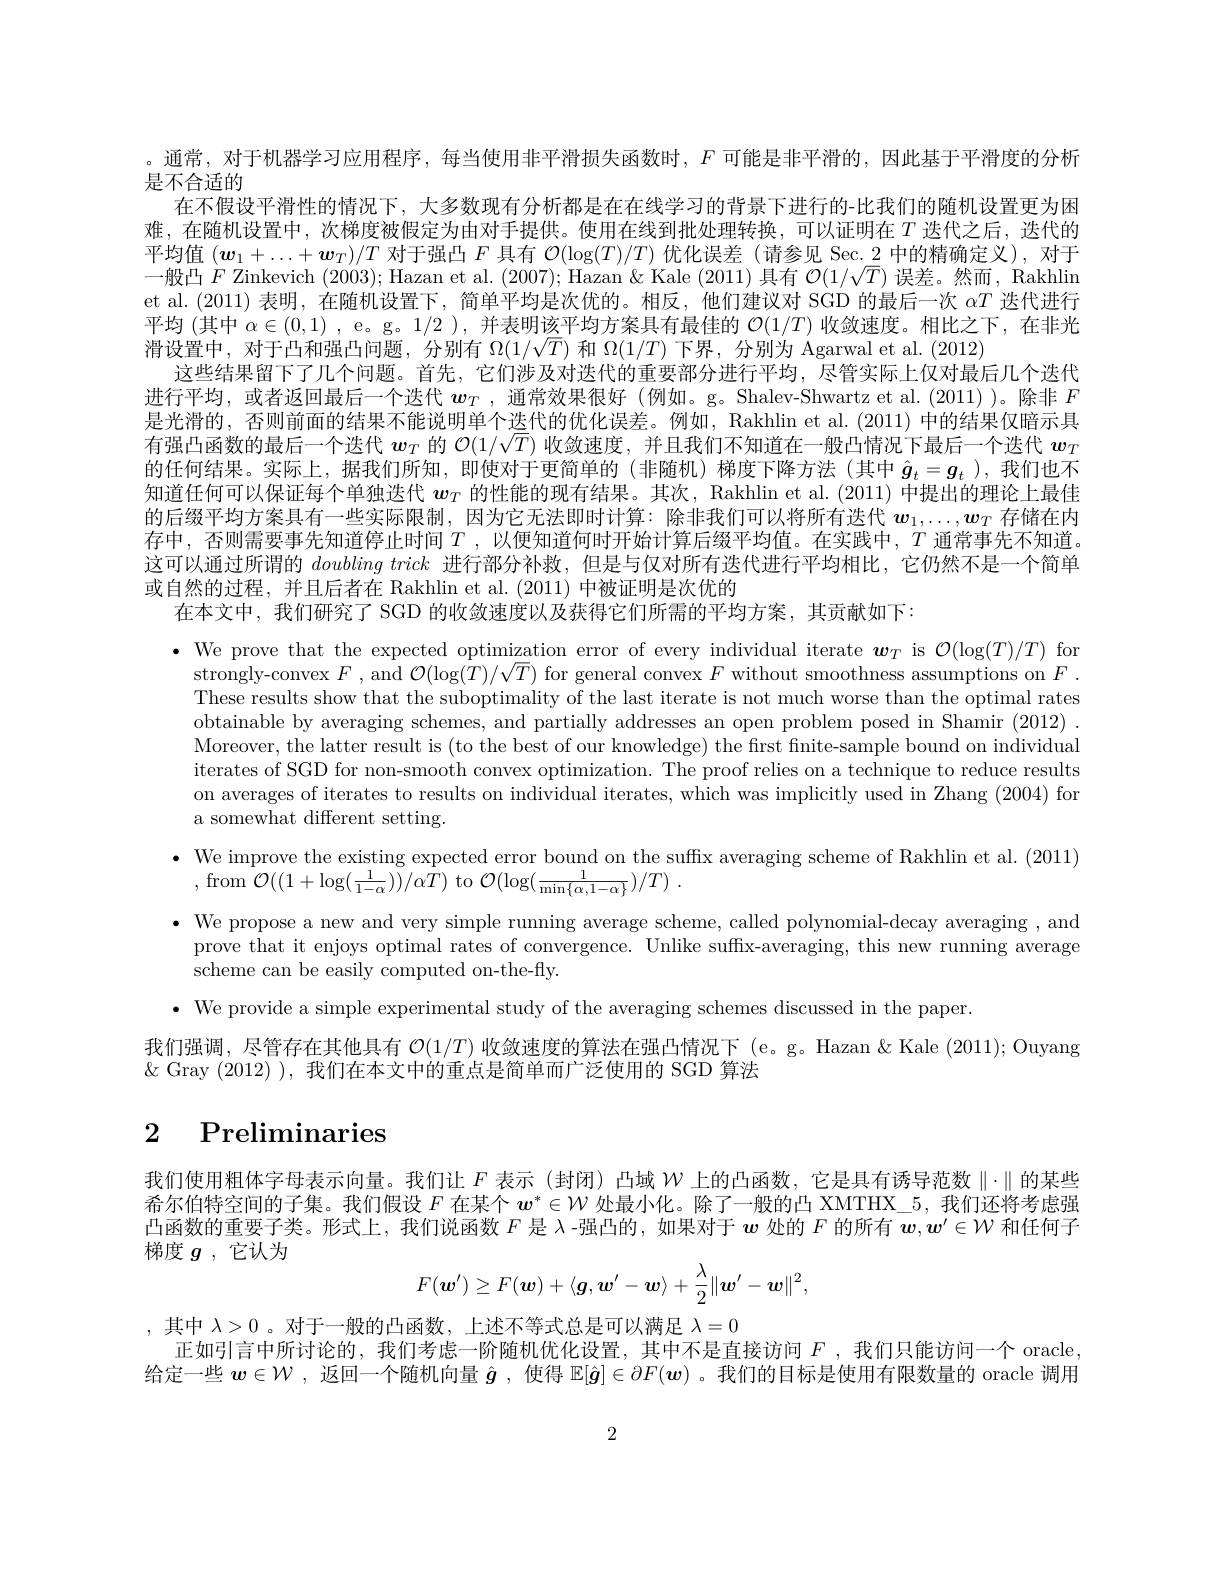
。通常，对于机器学习应用程序，每当使用非平滑损失函数时，$F$可能是非平滑的，因此基于平滑度的分析
是不合适的
在不假设平滑性的情况下，大多数现有分析都是在在线学习的背景下进行的-比我们的随机设置更为困难，在随机设置中，次梯度被假定为由对手提供。使用在线到批处理转换，可以证明在$T$ 迭代之后，迭代的平均值$(\boldsymbol w_1+\ldots+\boldsymbol w_T)/T$对于强凸$F$具有$\mathcal{O}(\log(T)/T)$优化误差 (请参见 Sec.2 中的精确定义),对于一般凸$F$ Zinkevich (2003); Hazan et al. (2007); Hazan &Kale (2011) 具有$\mathcal{O}(1/\sqrt{T})$误差。然而，Rakhlin et al.(2011)表明，在随机设置下，简单平均是次优的。相反，他们建议对 SGD 的最后一次$\alpha T$迭代进行平均 (其中$\alpha\in(0,1)$ , e。g。1/2 ),并表明该平均方案具有最佳的$\mathcal{O}(1/T)$收敛速度。相比之下，在非光滑设置中，对于凸和强凸问题，分别有$\Omega(1/\sqrt{T})$和$\Omega(1/T)$下界，分别为 Agarwal et al. (2012)
这些结果留下了几个问题。首先，它们涉及对迭代的重要部分进行平均，尽管实际上仅对最后几个迭代进行平均，或者返回最后一个迭代$\boldsymbol w_T$ ,通常效果很好(例如。g。Shalev-Shwartz et al.(2011))。除非$F$ 是光滑的，否则前面的结果不能说明单个迭代的优化误差。例如，Rakhlin et al.(2011) 中的结果仅暗示具有强凸函数的最后一个迭代$w_T$的$\mathcal{O}(1/\sqrt{T})$收敛速度，并且我们不知道在一般凸情况下最后一个迭代$w_T$ 的任何结果。实际上，据我们所知，即使对于更简单的(非随机)梯度下降方法(其中$\hat{g}_t=g_t$ ),我们也不知道任何可以保证每个单独迭代$w_T$的性能的现有结果。其次，Rakhlin et al.(2011) 中提出的理论上最佳的后缀平均方案具有一些实际限制，因为它无法即时计算：除非我们可以将所有迭代$\boldsymbol{w}_1,\ldots,\boldsymbol{w}_T$存储在内存中，否则需要事先知道停止时间$T$ ,以便知道何时开始计算后缀平均值。在实践中，$T$ 通常事先不知道。这可以通过所谓的$doubling\textit{ trick 进 行 部 分 补 救 , 但 是 与 仅 对 所 有 迭 代 进 行 平 均 相 比 , 它 仍 然 不 是 一 个 简 单 }$ 或自然的过程，并且后者在 Rakhlin et al. (2011) 中被证明是次优的
在本文中，我们研究了 SGD 的收敛速度以及获得它们所需的平均方案，其贡献如下：

$\bullet$ We prove that the expected optimization error of every individual iterate $\boldsymbol w_T$ is $\mathcal{O}(\log(T)/T)$ for

strongly-convex $F$ , and $\mathcal{O}(\log(T)/\sqrt T)$ for general convex $F$ without smoothness assumptions on $F.$

These results show that the suboptimality of the last iterate is not much worse than the optimal rates

obtainable by averaging schemes, and partially addresses an open problem posed in Shamir (2012) .

Moreover, the latter result is (to the best of our knowledge) the first finite-sample bound on individual

iterates of SGD for non-smooth convex optimization. The proof relies on a technique to reduce results

on averages of iterates to results on individual iterates, which was implicitly used in Zhang (2004) for

a somewhat different setting.

$\bullet$ We improve the existing expected error bound on the suffix averaging scheme of Rakhlin et al. (2011)

,from$\mathcal{O}((1+\log(\frac{1}{1-\alpha}))/\alpha\tilde{T})$ to$\mathcal{O} ( \log ( \frac 1{\min \{ \alpha , 1- \alpha \} }) / T)$ .

$\bullet$ We propose a new and very simple running average scheme, called polynomial-decay averaging , and

prove that it enjoys optimal rates of convergence. Unlike suffx-averaging, this new running average

scheme can be easily computed on-the-fly.

$\bullet$ We provide a simple experimental study of the averaging schemes discussed in the paper.

我们强调，尽管存在其他具有$\mathcal{O}(1/T)$收敛速度的算法在强凸情况下 (e。g。Hazan &Kale (2011); Ouyang

$\&$ Gray (2012) ),我们在本文中的重点是简单而广泛使用的 SGD 算法

# 2 Preliminaries

我们使用粗体字母表示向量。我们让$F$表示 (封闭) 凸域$W$上的凸函数，它是具有诱导范数$\parallel\cdot\parallel$的某些希尔伯特空间的子集。我们假设$F$在某个$w^*\in\mathcal{W}$处最小化。除了一般的凸 XMTHX\_5, 我们还将考虑强凸函数的重要子类。形式上，我们说函数$F$是 λ-强凸的，如果对于$w$处的$F$的所有$w,w^\prime\in W$和任何子梯度$g$ ,它认为
$$F(\boldsymbol{w}')\geq F(\boldsymbol{w})+\langle\boldsymbol{g},\boldsymbol{w}'-\boldsymbol{w}\rangle+\frac{\lambda}{2}\|\boldsymbol{w}'-\boldsymbol{w}\|^2,$$
,其中$\lambda>0$ 。对于一般的凸函数，上述不等式总是可以满足$\lambda=0$
正如引言中所讨论的，我们考虑一阶随机优化设置，其中不是直接访问$F$,我们只能访问一个 oracle 给定一些$w\in\mathcal{W}$ ,返回一个随机向量$\hat{g}$ ,使得$\mathbb{E}[\hat{g}]\in\partial F(\boldsymbol{w})$ 。我们的目标是使用有限数量的 oracle 调用

2